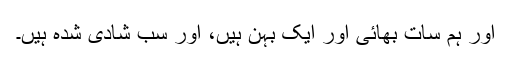
اور ہم سات بھائی اور ایک بہن ہیں، اور سب شادی شدہ ہیں۔